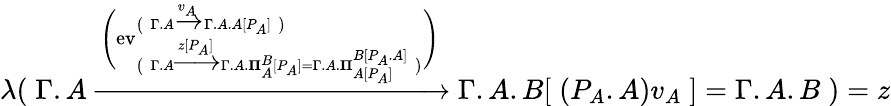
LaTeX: \lambda(\; \Gamma.A\xrightarrow{\Bigg(\textnormal{ev}_{\big(\; \Gamma.A\xrightarrow{z[P_{A}]}\Gamma.A.\mathbf{{\Pi}}_{A}^{B}[P_{A}]=\Gamma.A.\mathbf{{\Pi}}_{A[P_{A}]}^{B[P_{A}.A]}\; \big)}^{\big(\; \Gamma.A\xrightarrow{v_{A}}\Gamma.A.A[P_{A}]\; \big)}\Bigg)}\Gamma.A.B[\; (P_{A}.A)v_{A}\; ]=\Gamma.A.B\; )=z